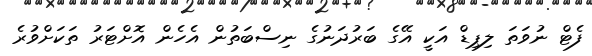
ފެޓް ނުވަތަ ލިޕިޑް އަކީ އޭގެ ބަރުދަނުގެ ނިސްބަތުން އެހެން އޮށްޓަރު ތަކަށްވުރެ